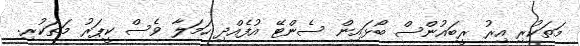
މަތަކުރި އިރު ރީބައުންސް ބޯޅައިން ސެންޓޭ އުފެއްދި ހަމަލާ ވެސް ކީޕަރު މަތަކުރި.